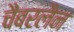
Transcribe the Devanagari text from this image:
चैंबरलैन